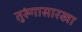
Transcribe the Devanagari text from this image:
तुरुंगासारखा